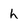
Character: h